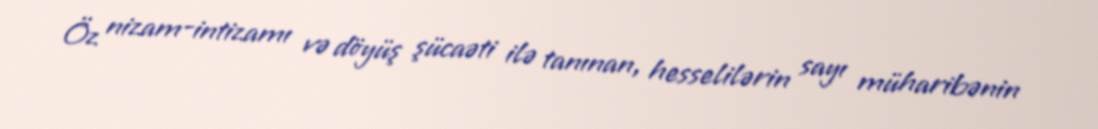
Öz nizam-intizamı və döyüş şücaəti ilə tanınan, hesselilərin sayı müharibənin